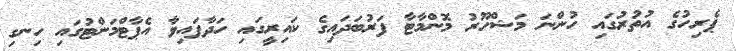
ޕެރިހުގެ އުތުރުގައި ހުންނަ މަޝްހޫރު މޮންމާޓާ ފަރުބަދައިގެ ކައިރީގައި ހަދާފައިވާ އެޕާޓްމަންޓުގައި ހިނގި